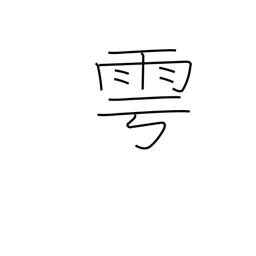
Meaning: offer sacrifice for rain